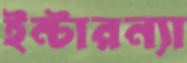
ইন্টারন্যা